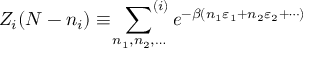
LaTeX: Z _ { i } ( N - n _ { i } ) \equiv \ \sideset { } { ^ { ( i ) } } \sum _ { n _ { 1 } , n _ { 2 } , \ldots } e ^ { - \beta ( n _ { 1 } \varepsilon _ { 1 } + n _ { 2 } \varepsilon _ { 2 } + \cdots ) }